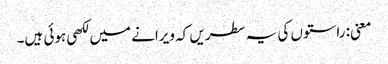
معنی: راستوں کی یہ سطریں کہ ویرانے میں لکھی ہوئی ہیں۔